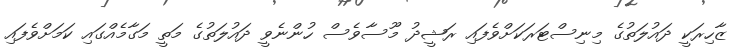
ޒާހިރަކީ ދައުލަތުގެ މިނިސްޓަރަކަށްވެފައި ރަޝީދު މޫސާވެސް ހުންނެވީ ދައުލަތުގެ މަތީ މަގާމެއްގައި ކަމަށްވެފައި